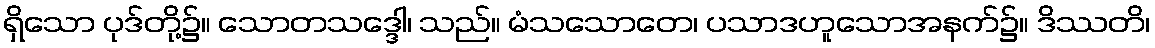
ရှိသော ပုဒ်တို့၌။ သောတသဒ္ဒေါ၊ သည်။ မံသသောတေ၊ ပသာဒဟူသောအနက်၌။ ဒိဿတိ၊